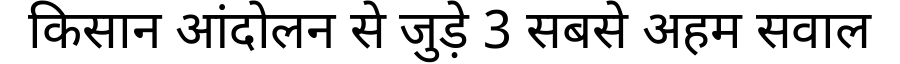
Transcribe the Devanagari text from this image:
किसान आंदोलन से जुड़े 3 सबसे अहम सवाल